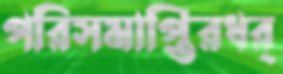
পরিসমাপ্তিরধর্